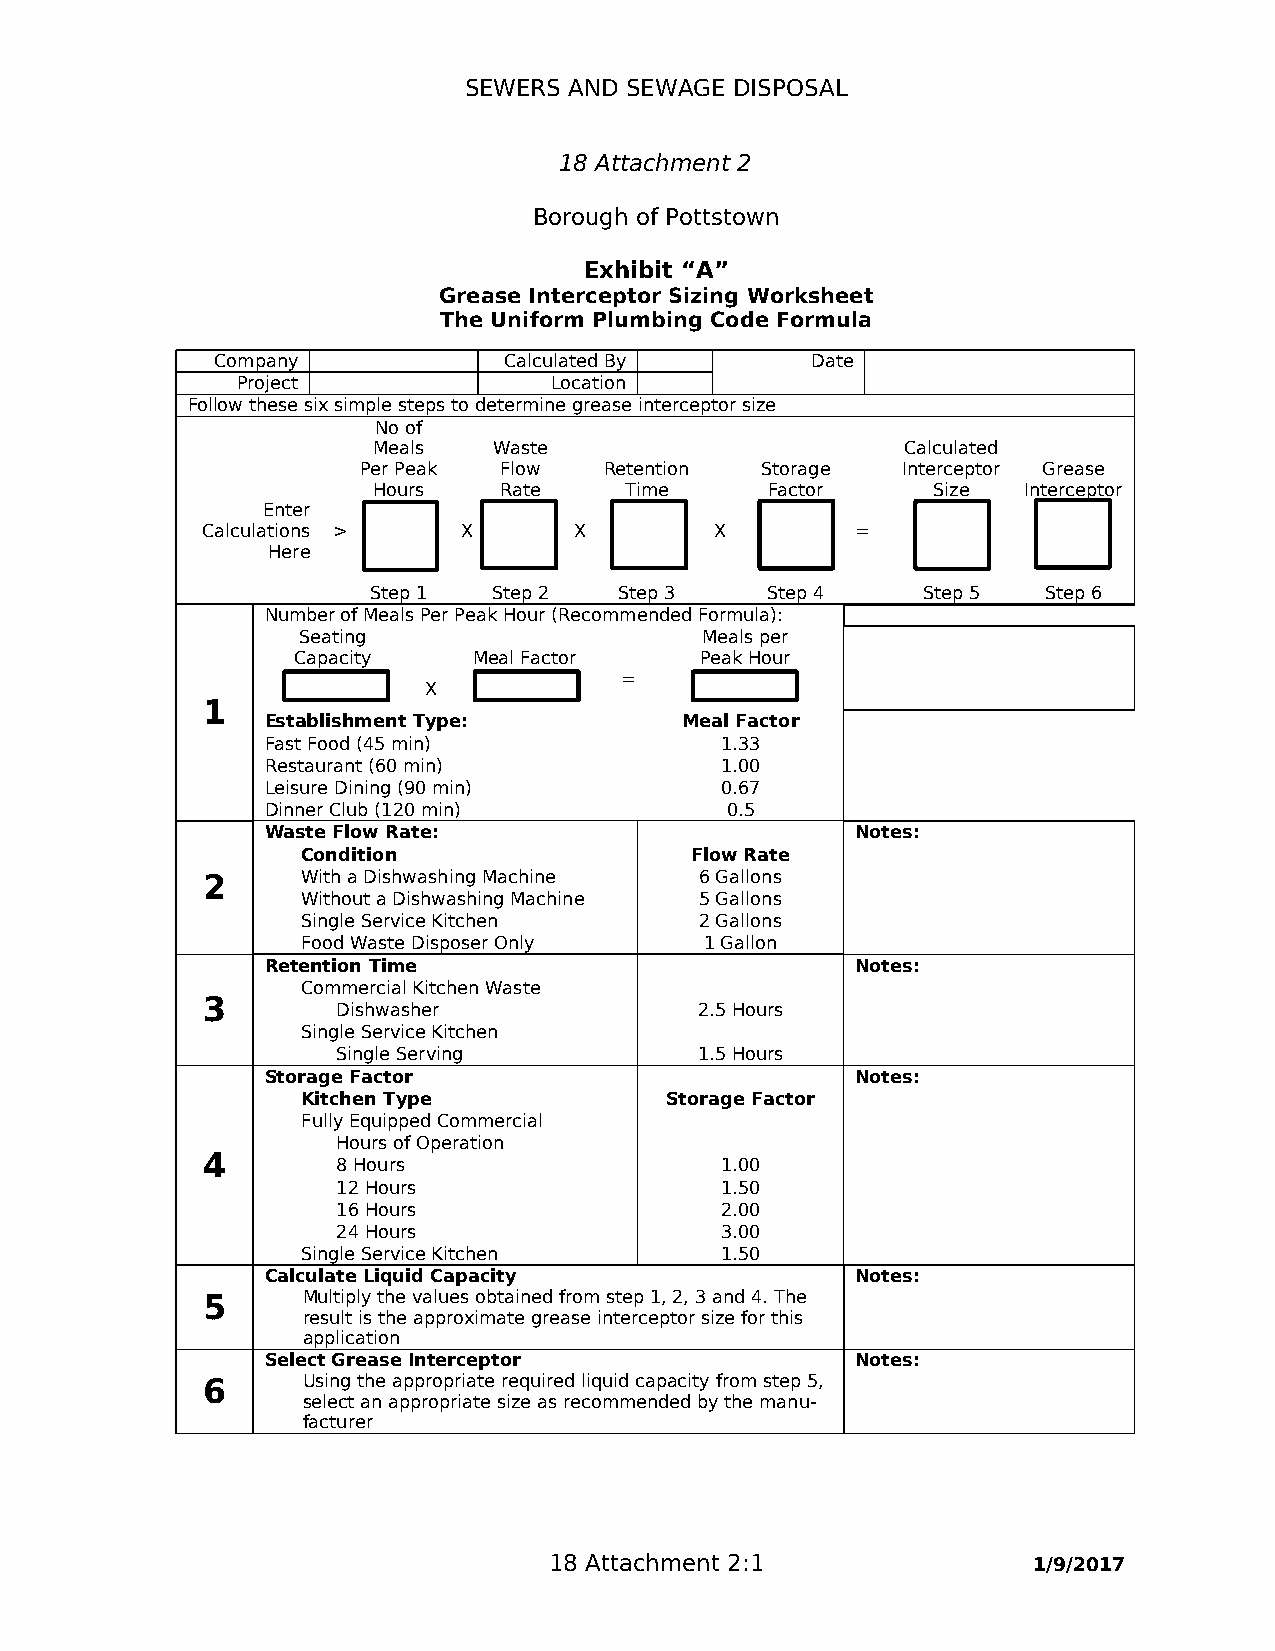
SEWERS AND SEWAGE DISPOSAL
 18 Attachment 2
 Borough of Pottstown
 Exhibit “A”
 Grease Interceptor Sizing Worksheet
 The Uniform Plumbing Code Formula
 Company            Calculated By        Date
 Project             Location
 Follow these six simple steps to determine grease interceptor size
 No of
 Meals   Waste                      Calculated
 Per Peak Flow   Retention Storage   Interceptor Grease
 Hours   Rate    Time      Factor     Size  Interceptor
 Enter
 Calculations >    X      X        X         =
 Here
 Step 1   Step 2  Step 3    Step 4    Step 5  Step 6
 Number of Meals Per Peak Hour (Recommended Formula):
 Seating                   Meals per
 Capacity    Meal Factor    Peak Hour
 =
 X
 1
 Establishment Type:        Meal Factor
 Fast Food (45 min)            1.33
 Restaurant (60 min)           1.00
 Leisure Dining (90 min)       0.67
 Dinner Club (120 min)         0.5
 Waste Flow Rate:                       Notes:
 Condition                 Flow Rate
 2      With a Dishwashing Machine 6 Gallons
 Without a Dishwashing Machine 5 Gallons
 Single Service Kitchen    2 Gallons
 Food Waste Disposer Only   1 Gallon
 Retention Time                         Notes:
 Commercial Kitchen Waste
 3
 Dishwasher              2.5 Hours
 Single Service Kitchen
 Single Serving          1.5 Hours
 Storage Factor                         Notes:
 Kitchen Type            Storage Factor
 Fully Equipped Commercial
 Hours of Operation
 4
 8 Hours                   1.00
 12 Hours                  1.50
 16 Hours                  2.00
 24 Hours                  3.00
 Single Service Kitchen      1.50
 Calculate Liquid Capacity              Notes:
 5      Multiply the values obtained from step 1, 2, 3 and 4. The
 result is the approximate grease interceptor size for this
 application
 Select Grease Interceptor              Notes:
 6      Using the appropriate required liquid capacity from step 5,
 select an appropriate size as recommended by the manu-
 facturer
 18 Attachment 2:1               1/9/2017